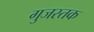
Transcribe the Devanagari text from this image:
गुजस्तक